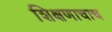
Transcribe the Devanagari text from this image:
शिक्षणाचाच